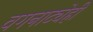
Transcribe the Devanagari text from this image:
वगनाट्येही